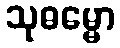
သုဓမ္မော